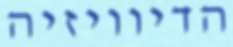
הדיוויזיה